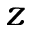
z